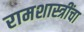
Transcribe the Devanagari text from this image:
रामशास्त्रींचा